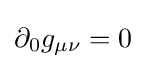
\partial _{0}g_{\mu \nu }=0